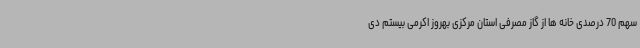
سهم 70 درصدی خانه ها از گاز مصرفی استان مرکزی بهروز اکرمی بیستم دی